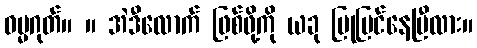
ဓမ္မဂုတ်။ ။ အဲဒီလောက် ဖြစ်ဖို့ကို ယခု ပြုပြင်နေပြီလား။